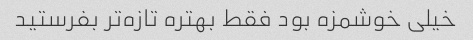
خیلی خوشمزه بود فقط بهتره تازه‌تر بفرستید